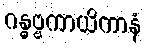
ဂန္ဓဗ္ဗကာယိကာနံ